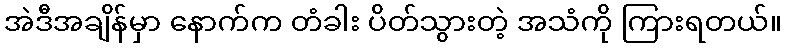
အဲဒီအချိန်မှာ နောက်က တံခါး ပိတ်သွားတဲ့ အသံကို ကြားရတယ်။